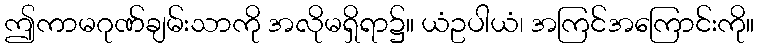
ဤကာမဂုဏ်ချမ်းသာကို အလိုမရှိရာ၌။ ယံဥပါယံ၊ အကြင်အကြောင်းကို။